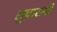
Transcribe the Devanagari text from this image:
सुधारांची